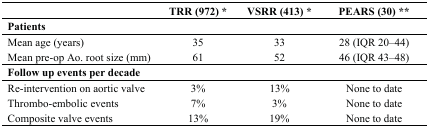
|  | TRR (972) * | VSRR (413) * | PEARS (30) ** |
 | --- | --- | --- | --- |
 | Patients |  |  |  |
 | Mean age (years) | 35 | 33 | 28 (IQR 20–44) |
 | Mean pre-op Ao. root size (mm) | 61 | 52 | 46 (IQR 43–48) |
 | Follow up events per decade |  |  |  |
 | Re-intervention on aortic valve | 3% | 13% | None to date |
 | Thrombo-embolic events | 7% | 3% | None to date |
 | Composite valve events | 13% | 19% | None to date |